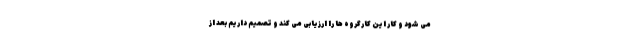
می شود و کار این کارگروه ها را ارزیابی می کند و تصمیم داریم بعد از